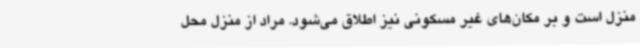
منزل است و بر مکان‌های غیر مسکونی نیز اطلاق می‌شود. مراد از منزل محل